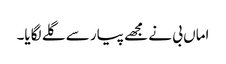
اماں بی نے مجھے پیار سے گلے لگایا۔